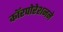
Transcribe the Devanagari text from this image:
काॅरपोरेशनने